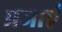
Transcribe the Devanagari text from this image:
प्रजाएँ